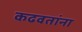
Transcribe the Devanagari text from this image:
कढवतांना